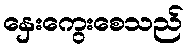
နှေးကွေးစေသည်